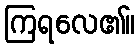
ကြရလေ၏။